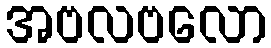
အဗလဗလော